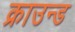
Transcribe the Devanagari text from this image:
क्राउन्ड